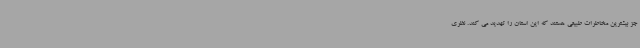
جز بیشترین مخاطرات طبیعی هستند که این استان را تهدید می کند. نظری